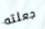
جعلته